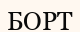
БОРТ